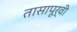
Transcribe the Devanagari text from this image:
तासापूर्वी